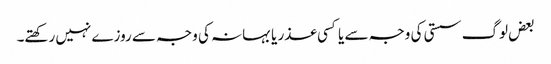
بعض لوگ سستی کی وجہ سے یا کسی عذر یا بہانہ کی وجہ سے روزے نہیں رکھتے۔